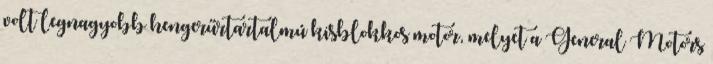
volt legnagyobb hengerűrtartalmú kisblokkos motor, melyet a General Motors